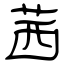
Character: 茜